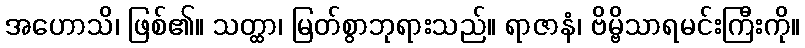
အဟောသိ၊ ဖြစ်၏။ သတ္ထာ၊ မြတ်စွာဘုရားသည်။ ရာဇာနံ၊ ဗိမ္ဗိသာရမင်းကြီးကို။